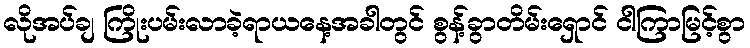
လိုအပ်ချ ကြိုးပမ်းလာခဲ့ရာယနေ့အခါတွင် စွန့်ခွာတိမ်းရှောင် ငါကြာမြင့်စွာ